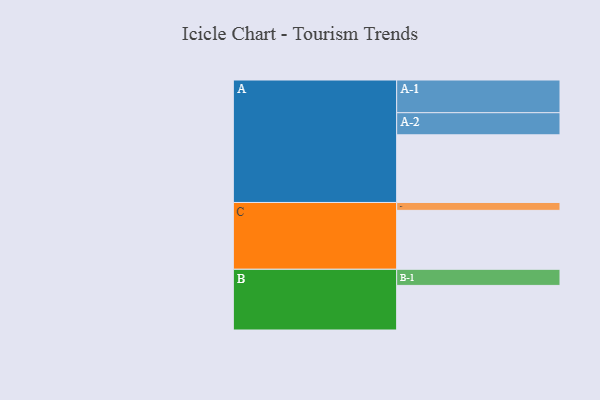
{"axis": {"x": "Segment", "y": "Value"}, "legend": ["", "A", "B", "C"], "data": [{"x": "A", "y": 575, "type": ""}, {"x": "B", "y": 379, "type": ""}, {"x": "C", "y": 501, "type": ""}, {"x": "A-1", "y": 278, "type": "A"}, {"x": "A-2", "y": 188, "type": "A"}, {"x": "B-1", "y": 137, "type": "B"}, {"x": "C-1", "y": 67, "type": "C"}]}